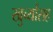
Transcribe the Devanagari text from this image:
खुर्च्यासह